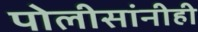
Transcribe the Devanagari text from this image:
पोलीसांनीही